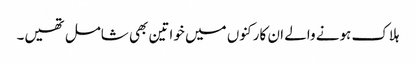
ہلاک ہونے والے ان کارکنوں میں خواتین بھی شامل تھیں۔